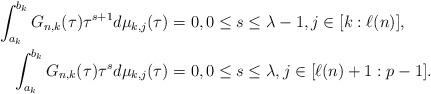
LaTeX: \begin{align*}\int_{a_{k}}^{b_{k}}G_{n,k}(\tau)\tau^{s+1} d\mu_{k,j}(\tau) & =0,0\leq s\leq \lambda-1,j\in[k:\ell(n)],\\\int_{a_{k}}^{b_{k}}G_{n,k}(\tau)\tau^{s} d\mu_{k,j}(\tau) & =0,0\leq s\leq \lambda,j\in[\ell(n)+1:p-1].\end{align*}